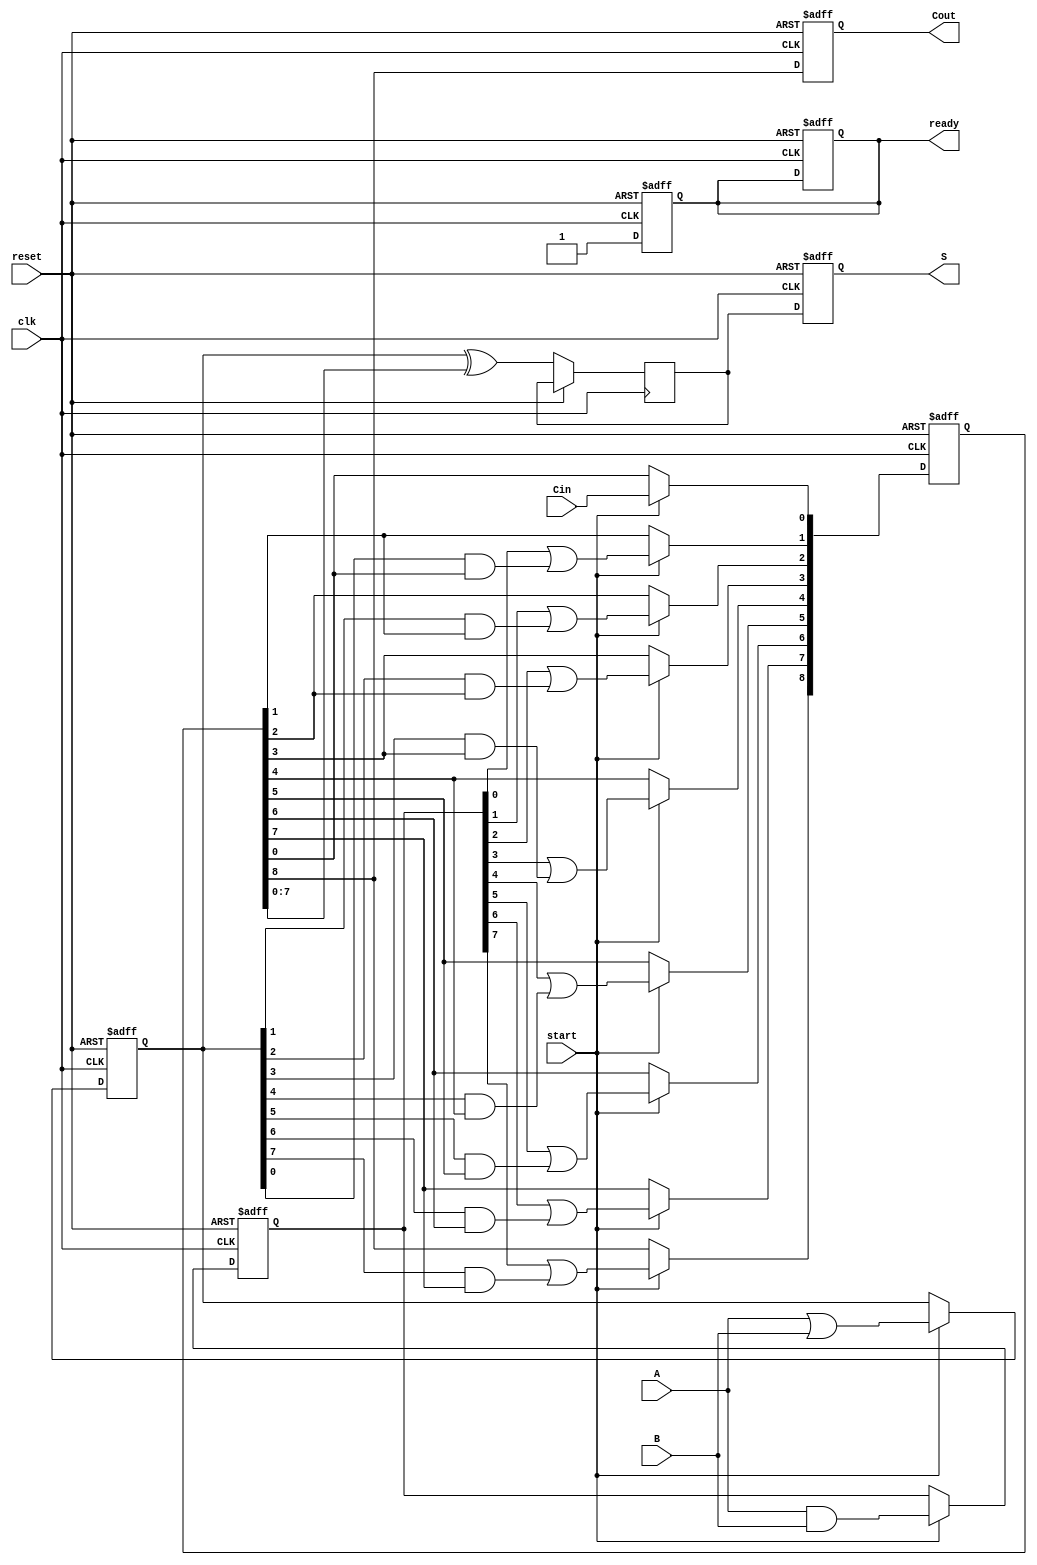
module pipelined_CLA #(
    parameter N = 8 // Width of the adder (can be adjusted as needed)
)(
    input  wire clk,          // Clock signal
    input  wire reset,        // Reset signal
    input  wire [N-1:0] A,    // First n-bit input
    input  wire [N-1:0] B,    // Second n-bit input
    input  wire Cin,          // Carry-in
    input  wire start,        // Start signal for pipelining
    output reg [N-1:0] S,     // n-bit sum output
    output reg Cout,          // Carry-out output
    output reg ready          // Output is ready
);

    // Intermediate signals
    reg [N-1:0] G;           // Generate signals
    reg [N-1:0] P;           // Propagate signals
    reg [N:0] C;             // Carry signals
    reg [N-1:0] S_stage2;    // Sum intermediate storage

    // Stage 1: Generate and Propagate calculation
    always @(posedge clk or posedge reset) begin
        if (reset) begin
            G <= 0;
            P <= 0;
            C <= 0;
            ready <= 0;
        end else if (start) begin
            G <= A & B;          // Generate: Gi = Ai * Bi
            P <= A | B;          // Propagate: Pi = Ai + Bi
            C[0] <= Cin;         // Initial carry-in
            // Calculate carries using carry lookahead
            gen_carry_logic();
        end
    end

    // Sequential carry logic calculation
    task gen_carry_logic();
    integer i;
    begin
        for (i = 0; i < N; i = i + 1) begin
            C[i + 1] <= G[i] | (P[i] & C[i]);  // Carry calculation
        end
    end
    endtask

    // Stage 2: Sum calculation
    always @(posedge clk or posedge reset) begin
        if (reset) begin
            S <= 0;
            Cout <= 0;
            ready <= 0;
        end else begin
            S_stage2 <= P ^ C[N-1:0];  // Sum: Si = Pi XOR Ci
            Cout <= C[N];              // Carry-out
            S <= S_stage2;
            ready <= 1;                // Output is valid
        end
    end

endmodule